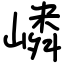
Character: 嶙